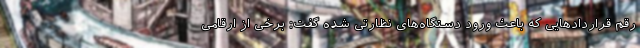
رقم قراردادهایی که باعث ورود دستگاه‌های نظارتی شده گفت: برخی از ارقامی